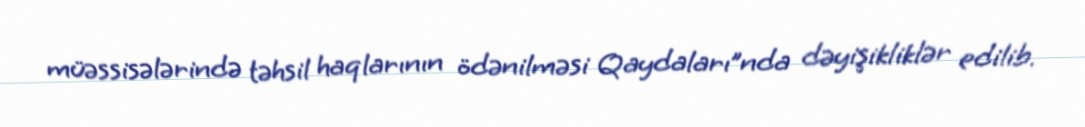
müəssisələrində təhsil haqlarının ödənilməsi Qaydaları”nda dəyişikliklər edilib.